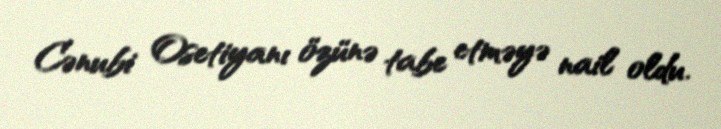
Cənubi Osetiyanı özünə tabe etməyə nail oldu.